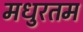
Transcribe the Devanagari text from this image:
मधुरतम